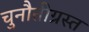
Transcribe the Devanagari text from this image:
चुनौतीग्रस्त